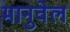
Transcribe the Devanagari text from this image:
मानुवेल